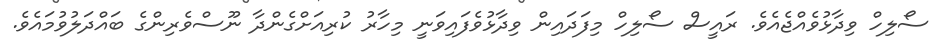
ސޯލިހް ވިދާޅުވެއްޖެއެވެ. ރައީސް ސޯލިހް މިފަދައިން ވިދާޅުވެފައިވަނީ މިހާރު ކުރިއަށްގެންދާ ނޫސްވެރިންގެ ބައްދަލުވުމައެވެ.